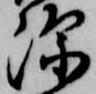
深